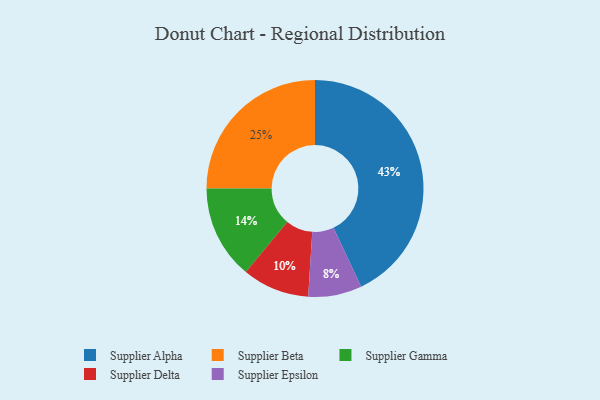
{"axis": {"x": "Category", "y": "Percentage"}, "legend": ["Supplier Alpha", "Supplier Beta", "Supplier Delta", "Supplier Epsilon", "Supplier Gamma"], "data": [{"x": "Supplier Gamma", "y": 14, "type": "Supplier Gamma"}, {"x": "Supplier Alpha", "y": 43, "type": "Supplier Alpha"}, {"x": "Supplier Delta", "y": 10, "type": "Supplier Delta"}, {"x": "Supplier Epsilon", "y": 8, "type": "Supplier Epsilon"}, {"x": "Supplier Beta", "y": 25, "type": "Supplier Beta"}]}